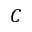
C